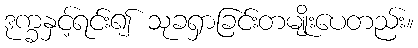
ဒုက္ခနှင့်ရင်း၍ သုခရှာခြင်းတမျိုးပေတည်း။